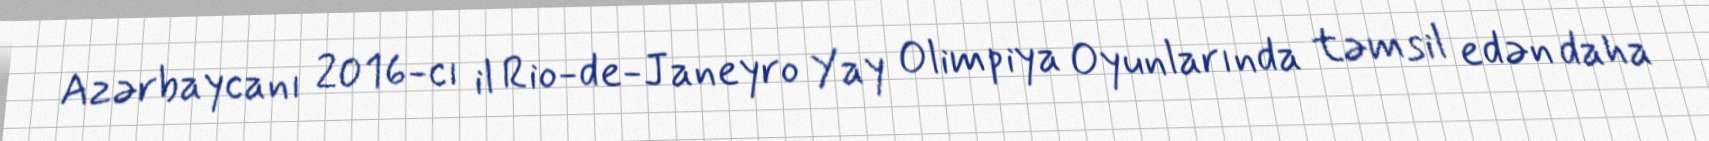
Azərbaycanı 2016-cı il Rio-de-Janeyro Yay Olimpiya Oyunlarında təmsil edən daha